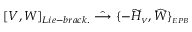
[ V , W ] _ { L i e - b r a c k . } \; \hat { \longrightarrow } \; \{ - { \widetilde { \cal H } } _ { \scriptscriptstyle V } , { \widehat W } \} _ { \scriptscriptstyle E P B }